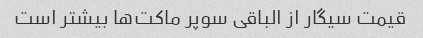
قیمت سیگار از الباقی سوپر ماکت‌ها بیشتر است